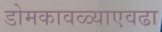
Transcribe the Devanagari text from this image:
डोमकावळ्याएवढा